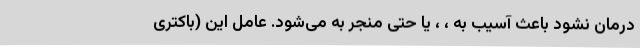
درمان نشود باعث آسیب به ، ، یا حتی منجر به می‌شود. عامل این (باکتری